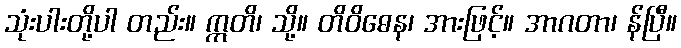
သုံးပါးတို့ပါ တည်း။ ဣတိ၊ သို့။ တိဝိဓေန၊ အားဖြင့်။ အာဂတာ၊ န်ပြီ။